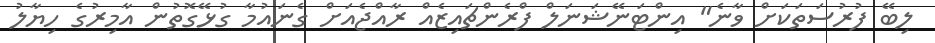
ލިބޭ ފުރުސަތަކަށް ވާނެ" އިންޓަނޭޝަނަލް ފްރެންޗައިޒެއް ރާއްޖެއަށް ގެނައުމާ ގުޅޭގޮތުން އާމިރުގެ ހިޔާލު